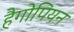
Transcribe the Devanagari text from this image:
हैगोपियन